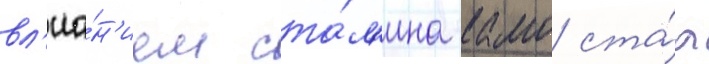
вл'иа́н'ием ста́л'ина камо ста́л